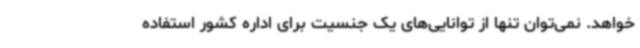
‌خواهد. نمی‌توان تنها از توانایی‌های یک جنسیت برای اداره کشور استفاده